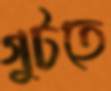
গুটতে